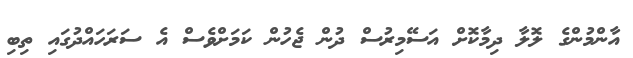
އާންމުންގެ ލޮލާ ދިމާކޮށް އަސޭމިރުސް ދުން ޖެހުން ކަމަށްވެސް އެ ސަރަހައްދުގައި ތިބި